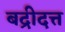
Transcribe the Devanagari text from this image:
बद्रीदत्त